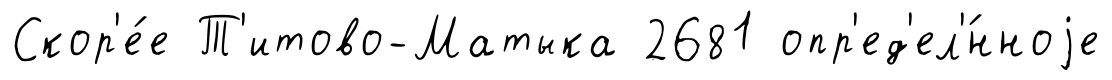
Скор'е́е Т'итово-Матыка 2681 опр'ед'ел'́нноjе